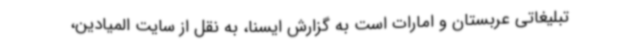
تبلیغاتی عربستان و امارات است به گزارش ایسنا، به نقل از سایت المیادین،